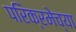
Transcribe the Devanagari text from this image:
परिक्रमेच्या